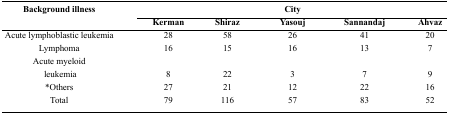
<table><thead><tr><td rowspan="3"><b>Background illness</b></td><td colspan="5"><b>City</b></td></tr><tr><td><b>Kerman</b></td><td><b>Shiraz</b></td><td><b>Yasouj</b></td><td><b>Sannandaj</b></td><td><b>Ahvaz</b></td></tr></thead><tbody><tr><td>Acute lymphoblastic leukemia</td><td>28</td><td>58</td><td>26</td><td>41</td><td>20</td></tr><tr><td>Lymphoma</td><td>16</td><td>15</td><td>16</td><td>13</td><td>7</td></tr><tr><td>Acute myeloid</td><td></td><td></td><td></td><td></td><td></td></tr><tr><td>leukemia</td><td>8</td><td>22</td><td>3</td><td>7</td><td>9</td></tr><tr><td>*Others</td><td>27</td><td>21</td><td>12</td><td>22</td><td>16</td></tr><tr><td>Total</td><td>79</td><td>116</td><td>57</td><td>83</td><td>52</td></tr></tbody></table>